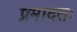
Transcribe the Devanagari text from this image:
प्रमादतः